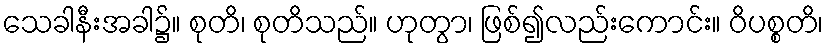
သေခါနီးအခါ၌။ စုတိ၊ စုတိသည်။ ဟုတွာ၊ ဖြစ်၍လည်းကောင်း။ ဝိပစ္စတိ၊